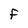
Character: F